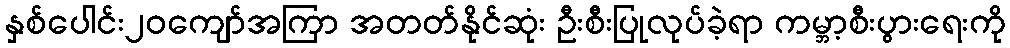
နှစ်ပေါင်း၂၀ကျော်အကြာ အတတ်နိုင်ဆုံး ဦးစီးပြုလုပ်ခဲ့ရာ ကမ္ဘာ့စီးပွားရေးကို